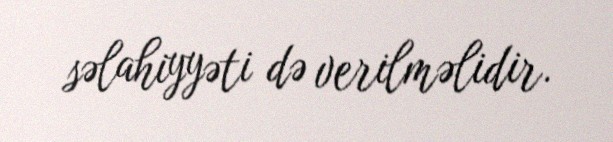
səlahiyyəti də verilməlidir.